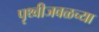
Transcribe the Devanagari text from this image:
पृथ्वीजवळच्या